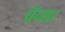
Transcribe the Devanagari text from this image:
पॅन्थर